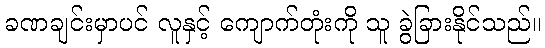
ခဏချင်းမှာပင် လူနှင့် ကျောက်တုံးကို သူ ခွဲခြားနိုင်သည်။